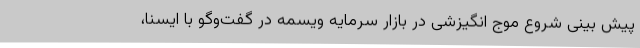
پیش بینی شروع موج انگیزشی در بازار سرمایه ویسمه در گفت‌وگو با ایسنا،